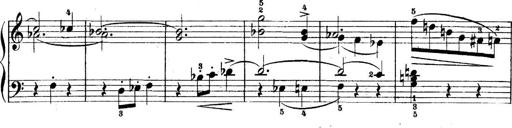
Title: 5 Sonatinas
Composer: Theodor Kirchner